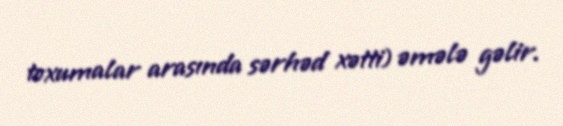
toxumalar arasında sərhəd xətti) əmələ gəlir.